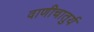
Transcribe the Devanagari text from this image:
वाणीचातुर्य